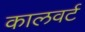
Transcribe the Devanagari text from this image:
कालवर्ट